Vaccination in Bombay 1869-1873 - 1869-1873
Year: 1869
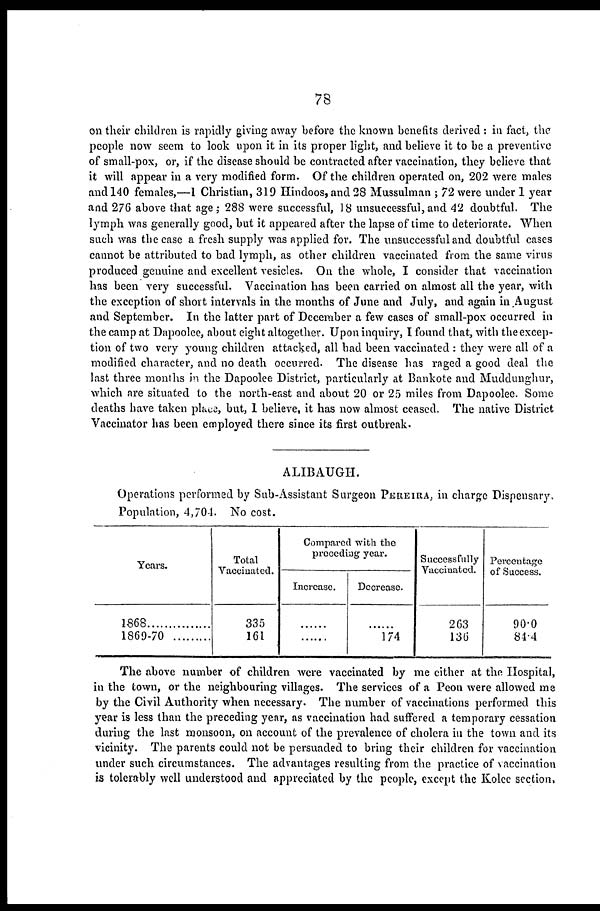
78
on their children is rapidly giving away before the known benefits derived : in fact, the
people now seem to look upon it in its proper light, and believe it to be a preventive
of small-pox, or, if the disease should be contracted after vaccination, they believe that
it will appear in a very modified form. Of the children operated on, 202 were males
and 140 females,—1 Christian, 319 Hindoos, and 28 Mussulman ; 72 were under 1 year
and 276 above that age; 288 were successful, 18 unsuccessful,and 42 doubtful. The
lymph was generally good, but it appeared after the lapse of time to deteriorate. When
such was the case a fresh supply was applied for. The unsuccessful and doubtful cases
cannot be attributed to bad lymph, as other children vaccinated from the same virus
produced genuine and excellent vesicles. On the whole, I consider that vaccination
has been very successful. Vaccination has been carried on almost all the year, with
the exception of short intervals in the months of June and July, and again in August
and September. In the latter part of December a few cases of small-pox occurred in
the camp at Dapoolee, about eight altogether. Upon inquiry, I found that, with the excep-
tion of two very young children attacked, all had been vaccinated : they were all of a
modified character, and no death occurred. The disease has raged a good deal the
last three months in the Dapoolee District, particularly at Bankote and Muddunghur,
which are situated to the north-east and about 20 or 25 miles from Dapoolee. Some
deaths have taken place, but, I believe, it has now almost ceased. The native District
Vaccinator has been employed there since its first outbreak.
ALIBAUGH.
Operations performed by Sub-Assistant Surgeon PEREIRA, in charge Dispensary.
Population, 4,704. No cost.
Years.
1868...............
1869-70
............
Total
Vaccinated.
335
161
Compared with the
preceding year.
Increase.
.........
.........
Decrease.
.........
174
Successfully
Vaccinated.
263
136
Percentage
of Success.
90.0
84.4
The above number of children were vaccinated by me either at the Hospital,
in the town, or the neighbouring villages. The services of a Peon were allowed me
by the Civil Authority when necessary. The number of vaccinations performed this
year is less than the preceding year, as vaccination had suffered a temporary cessation
during the last monsoon, on account of the prevalence of cholera in the town and its
vicinity. The parents could not be persuaded to bring their children for vaccination
under such circumstances. The advantages resulting from the practice of vaccination
is tolerably well understood and appreciated by the people, except the Kolee section,